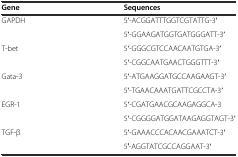
| Gene | Sequences |
 | --- | --- |
 | GAPDH | 5′-ACGGATTTGGTCGTATTG-3′ |
 |  | 5′-GGAAGATGGTGATGGGATT-3′ |
 | T-bet | 5′-GGGCGTCCAACAATGTGA-3′ |
 |  | 5′-CGGCAATGAACTGGGTTT-3′ |
 | Gata-3 | 5′-ATGAAGGATGCCAAGAAGT-3′ |
 |  | 5′-TGAACAAATGATTCGCCTA-3′ |
 | EGR-1 | 5′-CGATGAACGCAAGAGGCA-3 |
 |  | 5′-CGGGGATGGATAAGAGGTAGT-3′ |
 | TGF-β | 5′-GAAACCCACAACGAAATCT-3′ |
 |  | 5′-AGGTATCGCCAGGAAT-3′ |